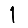
Digit: 1